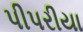
પીપરીયા